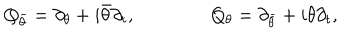
Q _ { \bar { \theta } } = \partial _ { \theta } + i \bar { \theta } \partial _ { t } , \qquad \qquad Q _ { \theta } = \partial _ { \bar { \theta } } + i \theta \partial _ { t } ,